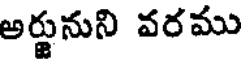
అర్జునుని వరము